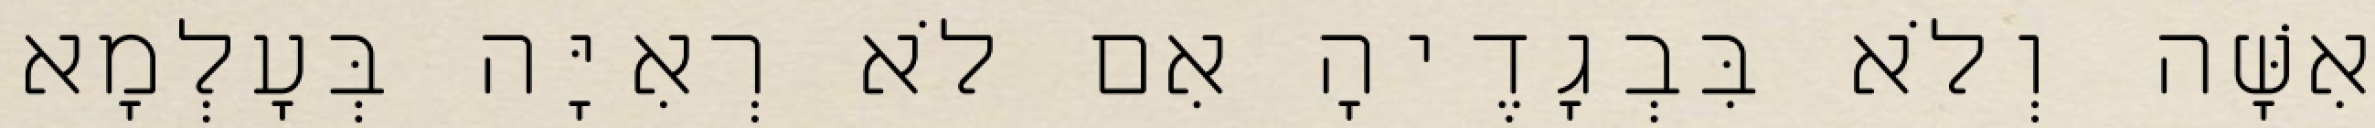
אִשָּׁה וְלֹא בִּבְגָדֶיהָ אִם לֹא רְאִיָּה בְּעָלְמָא